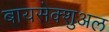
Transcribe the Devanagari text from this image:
बायसेक्शुअल